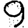
Digit: 9